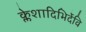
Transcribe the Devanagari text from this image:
क्लेशादिभिर्देवि